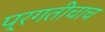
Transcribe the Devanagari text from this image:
प्रगतीचाच